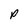
Character: P